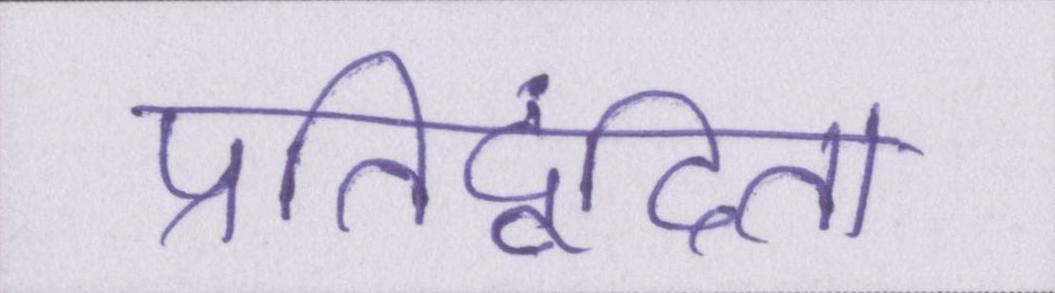
प्रतिद्वंदिता